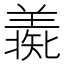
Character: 𦎶